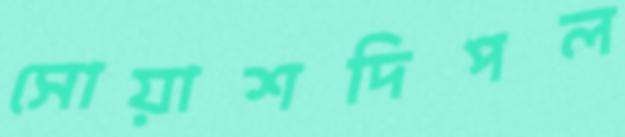
সোয়াশদিপল